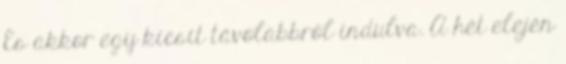
És akkor egy kicsit távolabbról indulva. A hét elején